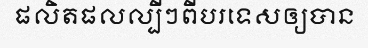
ផលិតផលល្បីៗពីបរទេសឲ្យបាន